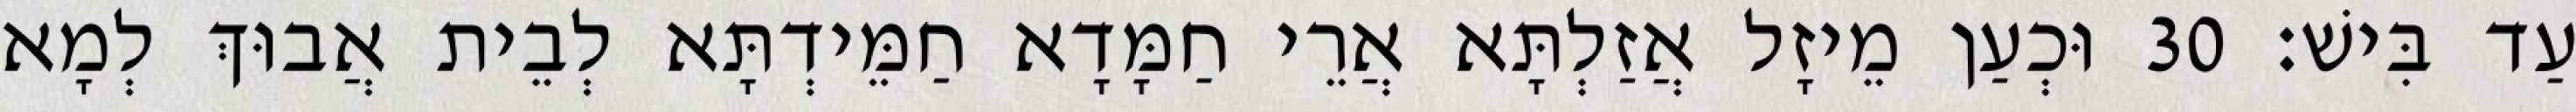
עַד בִּישׁ׃ 30 וּכְעַן מֵיזָל אֲזַלְתָּא אֲרֵי חַמָּדָא חַמֵּידְתָּא לְבֵית אֲבוּךְ לְמָא